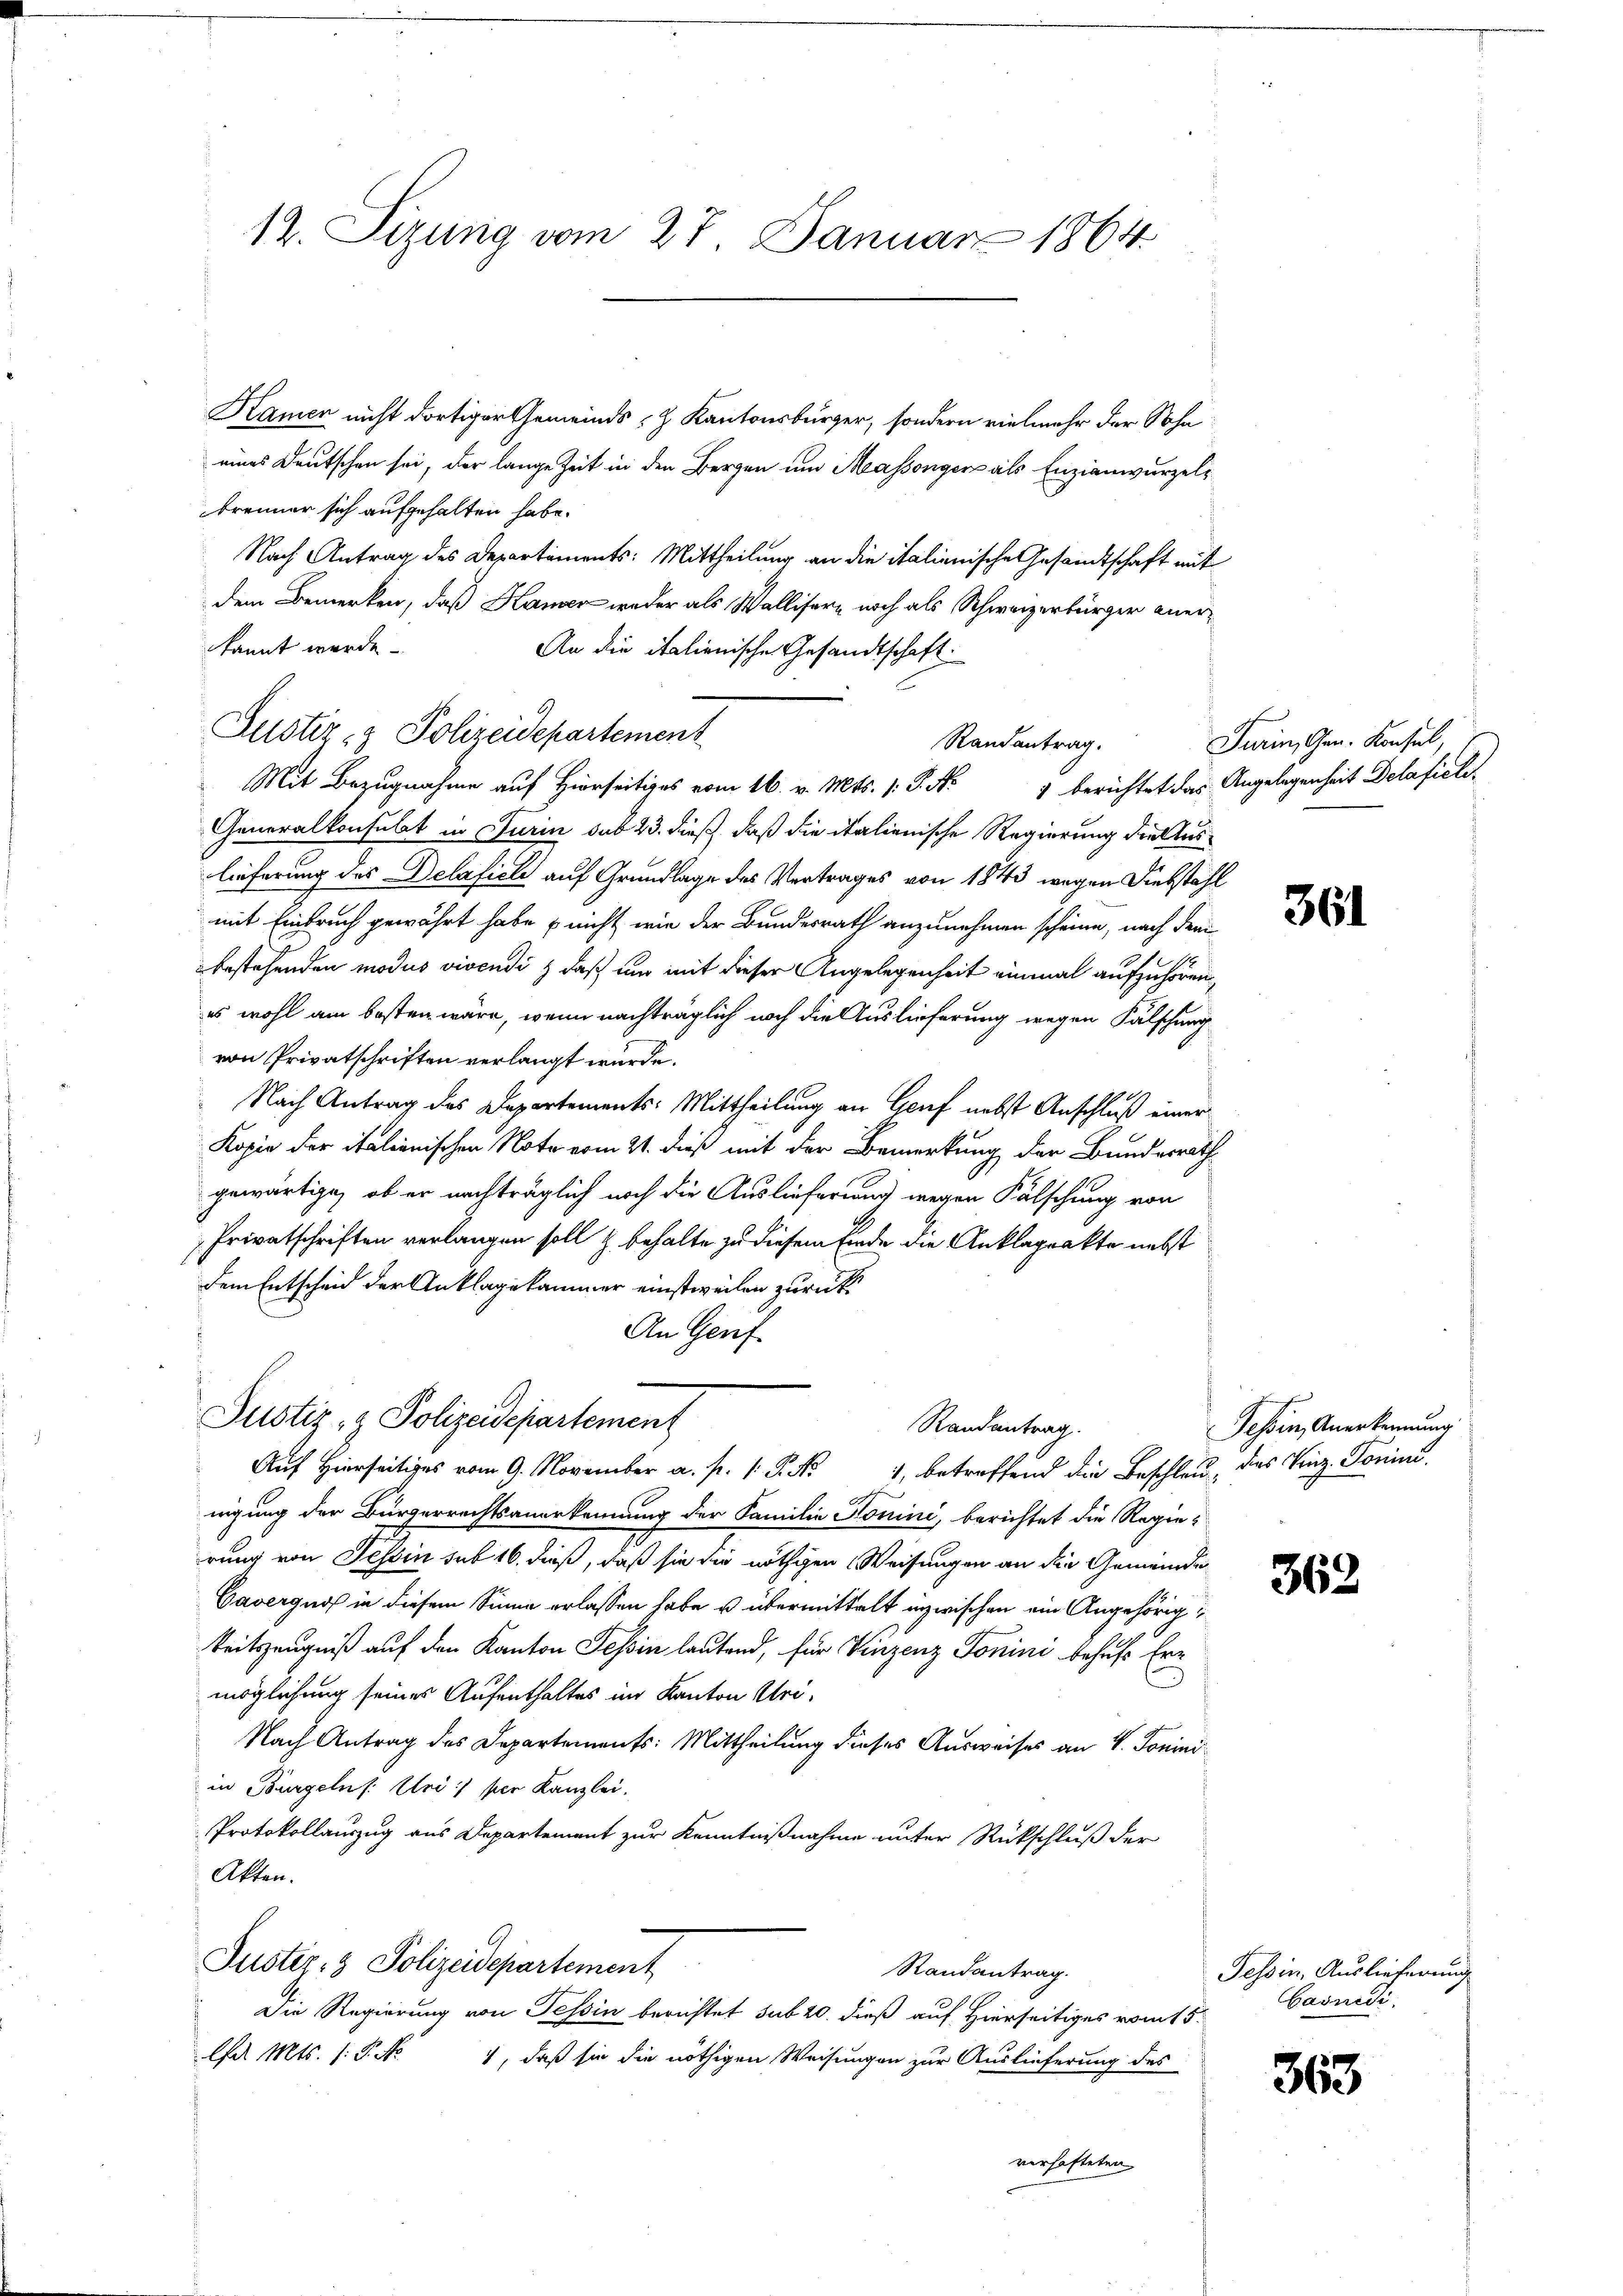
12. Sizung vom 27. Januar 1864.

Kamer nicht dortiger Gemeinds- & Kantonsbürger, sondern vielmehr der Sohn
eines Deutschen sei, der lange Zeit in den Bergen um Massenger als Enzianwurzelbrenner sich aufgehalten habe.
Nach Antrag des Departements: Mittheilung an die italienische Gesandtschaft mit
dem Bemerken, daß Kamer weder als Wallisern noch als Schweizerbürger anerkannt werde.
An die italienische Gesandtschaft.
Justiz- & Polizeidepartement
Randantrag.
Mit Bezugnahme auf Hierseitiges vom 16. v. Mts. (: P. Nr. 1 berichtet das Angelegenheit Delafiele
Generalkonsulat in Turin sub 23. dieß, daß die italienische Regierung die Auslieferung des Delafich auf Grundlage des Vertrages von 1843 wegen Diebstahl
mit Einbruch gewährt habe nicht wie der Bundesrath anzunehmen scheine, nach dem
bestehenden modus vivendi & daß um mit dieser Angelegenheit einmal aufzuhören
es wohl am besten wäre, wenn nachträglich noch die Auslieferung wegen Fälschung
von Privatschriften verlangt wurde.
Nach Antrag des Departements: Mittheilung an Genf nebst Anschluß einer
Kopie der italienischen Note vom 21. dieß mit der Bemerkung der Bundesrath
gewärtigen, ob er nachträglich noch die Auslieferung wegen Fälschung von
Privatschriften verlangen soll & behalte zu diesem Einde die Anklageakte nebst
dem Entscheid der Anklagekammer einstweilen zurück
An Genf.
Justiz- & Polizeidepartement
Randantrag.
Auf hierseitiges vom 9. November a. p. P. Nr. 1, betreffend die Beschleu, des Vinz. Toninu
nigung der Bürgerrechtsanerkennung der Familie Honini, berichtet die Regierung von Tessin sub 16. dieß, daß sie die nöthigen Weisungen an die Gemeinde
Caverguss in diesem Sinne erlassen habe u übermittelt inzwischen ein Angehörigkeitszeugniß auf den Kanton Tessin lautend, für Vinzenz Tonini behufs Ermöglichung seines Aufenthaltes im Kanton Uri¬
Nach Antrag des Departements: Mittheilung dieses Ausweises an V. Joniniin Burgeln (: Uri: per Kanzlei.
Protokollauszug aus Departement zur Kenntnißnahme unter Rückschluß der
Akten.
Justiz- & Polizeidepartement
Randantrag.
Die Regierung von Tessin berichtet sub 20. dieß auf Hierseitiges vom 15.
Cd Mts. (: P. No 1, daß sie die nöthigen Weisungen zur Auslieferung des
verhafteten

Turin, Gen. Konsul,

361

Tessin, Anerkennung

362

Tessin, Auslieferung
Casnidi.

363